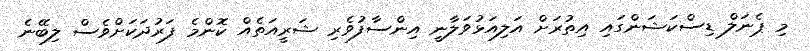
މި ޕެނަލް ޑިސްކަޝަންގައި އިތުރަށް އަލިއަޅުވަލާނީ އިންސާފުވެރި ޝަރީއަތެއް ކޮންމެ ފަރުދަކަށްވެސް ލިބޭނެ